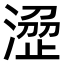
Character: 𣹣